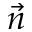
\Vec { n }